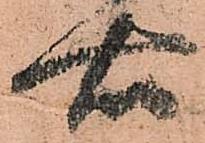
右